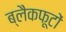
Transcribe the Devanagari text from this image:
ब्लैकफूटों